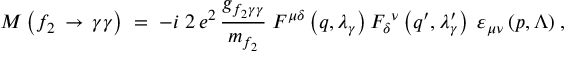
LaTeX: { \cal { M } } \left( { f _ { 2 } } \, \rightarrow \, \gamma \gamma \right) \; = \; - i \; 2 \, e ^ { 2 } \, \frac { g _ { { f _ { 2 } } \gamma \gamma } } { m _ { f _ { 2 } } } \; { { \cal { F } } ^ { \mu \delta } } \left( q , \lambda _ { \gamma } \right) { { { \cal { F } } _ { \delta } } ^ { \nu } } \left( q ^ { \prime } , \lambda _ { \gamma } ^ { \prime } \right) \; { { \varepsilon } _ { \mu \nu } } \, ( p , \Lambda ) \; ,